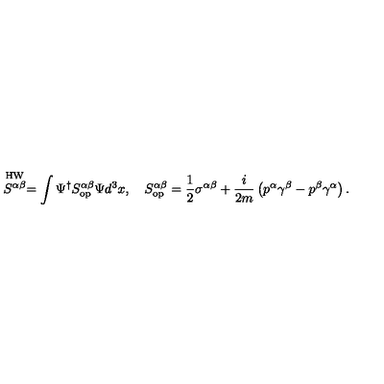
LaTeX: \stackrel { \mathrm { H W } } { S ^ { \alpha \beta } } = \int \Psi ^ { \dagger } S _ { \mathrm { o p } } ^ { \alpha \beta } \Psi d ^ { 3 } x , \quad S _ { \mathrm { o p } } ^ { \alpha \beta } = \frac { 1 } { 2 } \sigma ^ { \alpha \beta } + \frac { i } { 2 m } \left( p ^ { \alpha } \gamma ^ { \beta } - p ^ { \beta } \gamma ^ { \alpha } \right) .